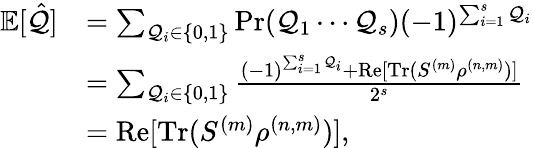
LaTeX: \begin{array}{rl}{\mathbb{E}[\hat{\mathcal{Q}}]}&{=\sum_{\mathcal{Q}_{i}\in\{ 0,1\} }\textrm{Pr}(\mathcal{Q}_{1}\cdots\mathcal{Q}_{s})(-1)^{\sum_{i=1}^{s}\mathcal{Q}_{i}}}\\ &{=\sum_{\mathcal{Q}_{i}\in\{ 0,1\} }\frac{(-1)^{\sum_{i=1}^{s}\mathcal{Q}_{i}}+\textrm{Re}[\textrm{Tr}(S^{(m)}\rho^{(n,m)})]}{2^{s}}}\\ &{=\textrm{Re}[\textrm{Tr}(S^{(m)}\rho^{(n,m)})],}\end{array}